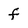
Character: f